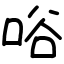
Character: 唂